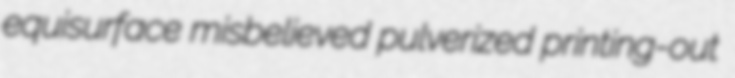
equisurface misbelieved pulverized printing-out